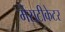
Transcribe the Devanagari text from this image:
मेसटीकेटर